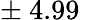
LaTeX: \pm\ 4.99\